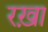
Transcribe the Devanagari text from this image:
रख़ा